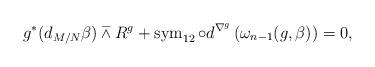
LaTeX: \begin{align*} g^\ast (d_{M/N}\beta )\barwedge R^g+\operatorname{sym}_{12}\circ d^{\nabla ^g}\left( \omega _{n-1}(g,\beta ) \right) =0,\end{align*}